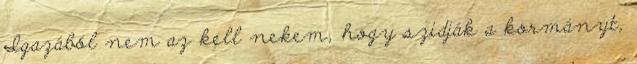
Igazából nem az kell nekem, hogy szidják a kormányt,